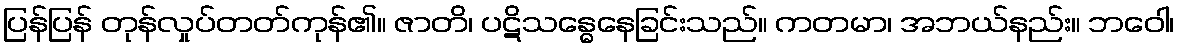
ပြန်ပြန် တုန်လှုပ်တတ်ကုန်၏။ ဇာတိ၊ ပဋိသန္ဓေနေခြင်းသည်။ ကတမာ၊ အဘယ်နည်း။ ဘဝေါ၊